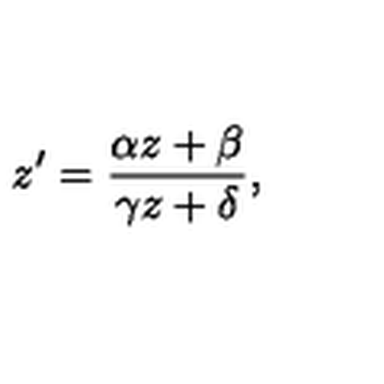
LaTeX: z ^ { \prime } = \frac { \alpha z + \beta } { \gamma z + \delta } ,